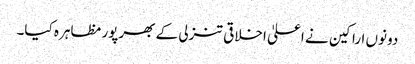
دونوں اراکین نے اعلیٰ اخلاقی تنزلی کے بھرپور مظاہرہ کیا۔